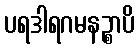
ပရဒါရဂမနဉ္စာပိ